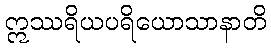
ဣဿရိယပရိယောသာနာတိ